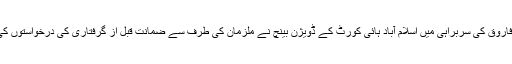
جسٹس عامر فاروق کی سربراہی میں اسلام آباد ہائی کورٹ کے ڈویژن بینچ نے ملزمان کی طرف سے ضمانت قبل از گرفتاری کی درخواستوں کی سماعت کی۔